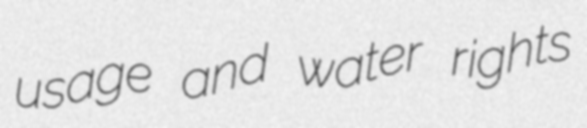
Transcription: usage and water rights